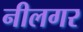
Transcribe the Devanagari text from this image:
नीलगर